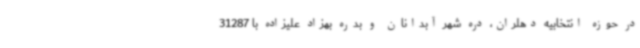
در حوزه انتخابیه دهلران، دره شهر آبدانان و بدره بهزاد علیزاده با 31287